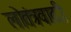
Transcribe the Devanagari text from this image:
लोतंत्रवादी